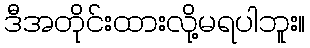
ဒီအတိုင်းထားလို့မရပါဘူး။